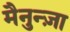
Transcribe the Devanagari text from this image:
मैनुन्ज़ा